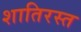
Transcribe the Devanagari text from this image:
शातिरस्त